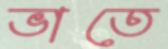
ভাতে